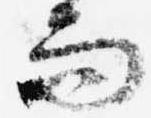
而